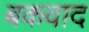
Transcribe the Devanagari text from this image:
बकवाद